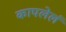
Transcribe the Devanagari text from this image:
कापलेलं